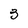
Character: 3